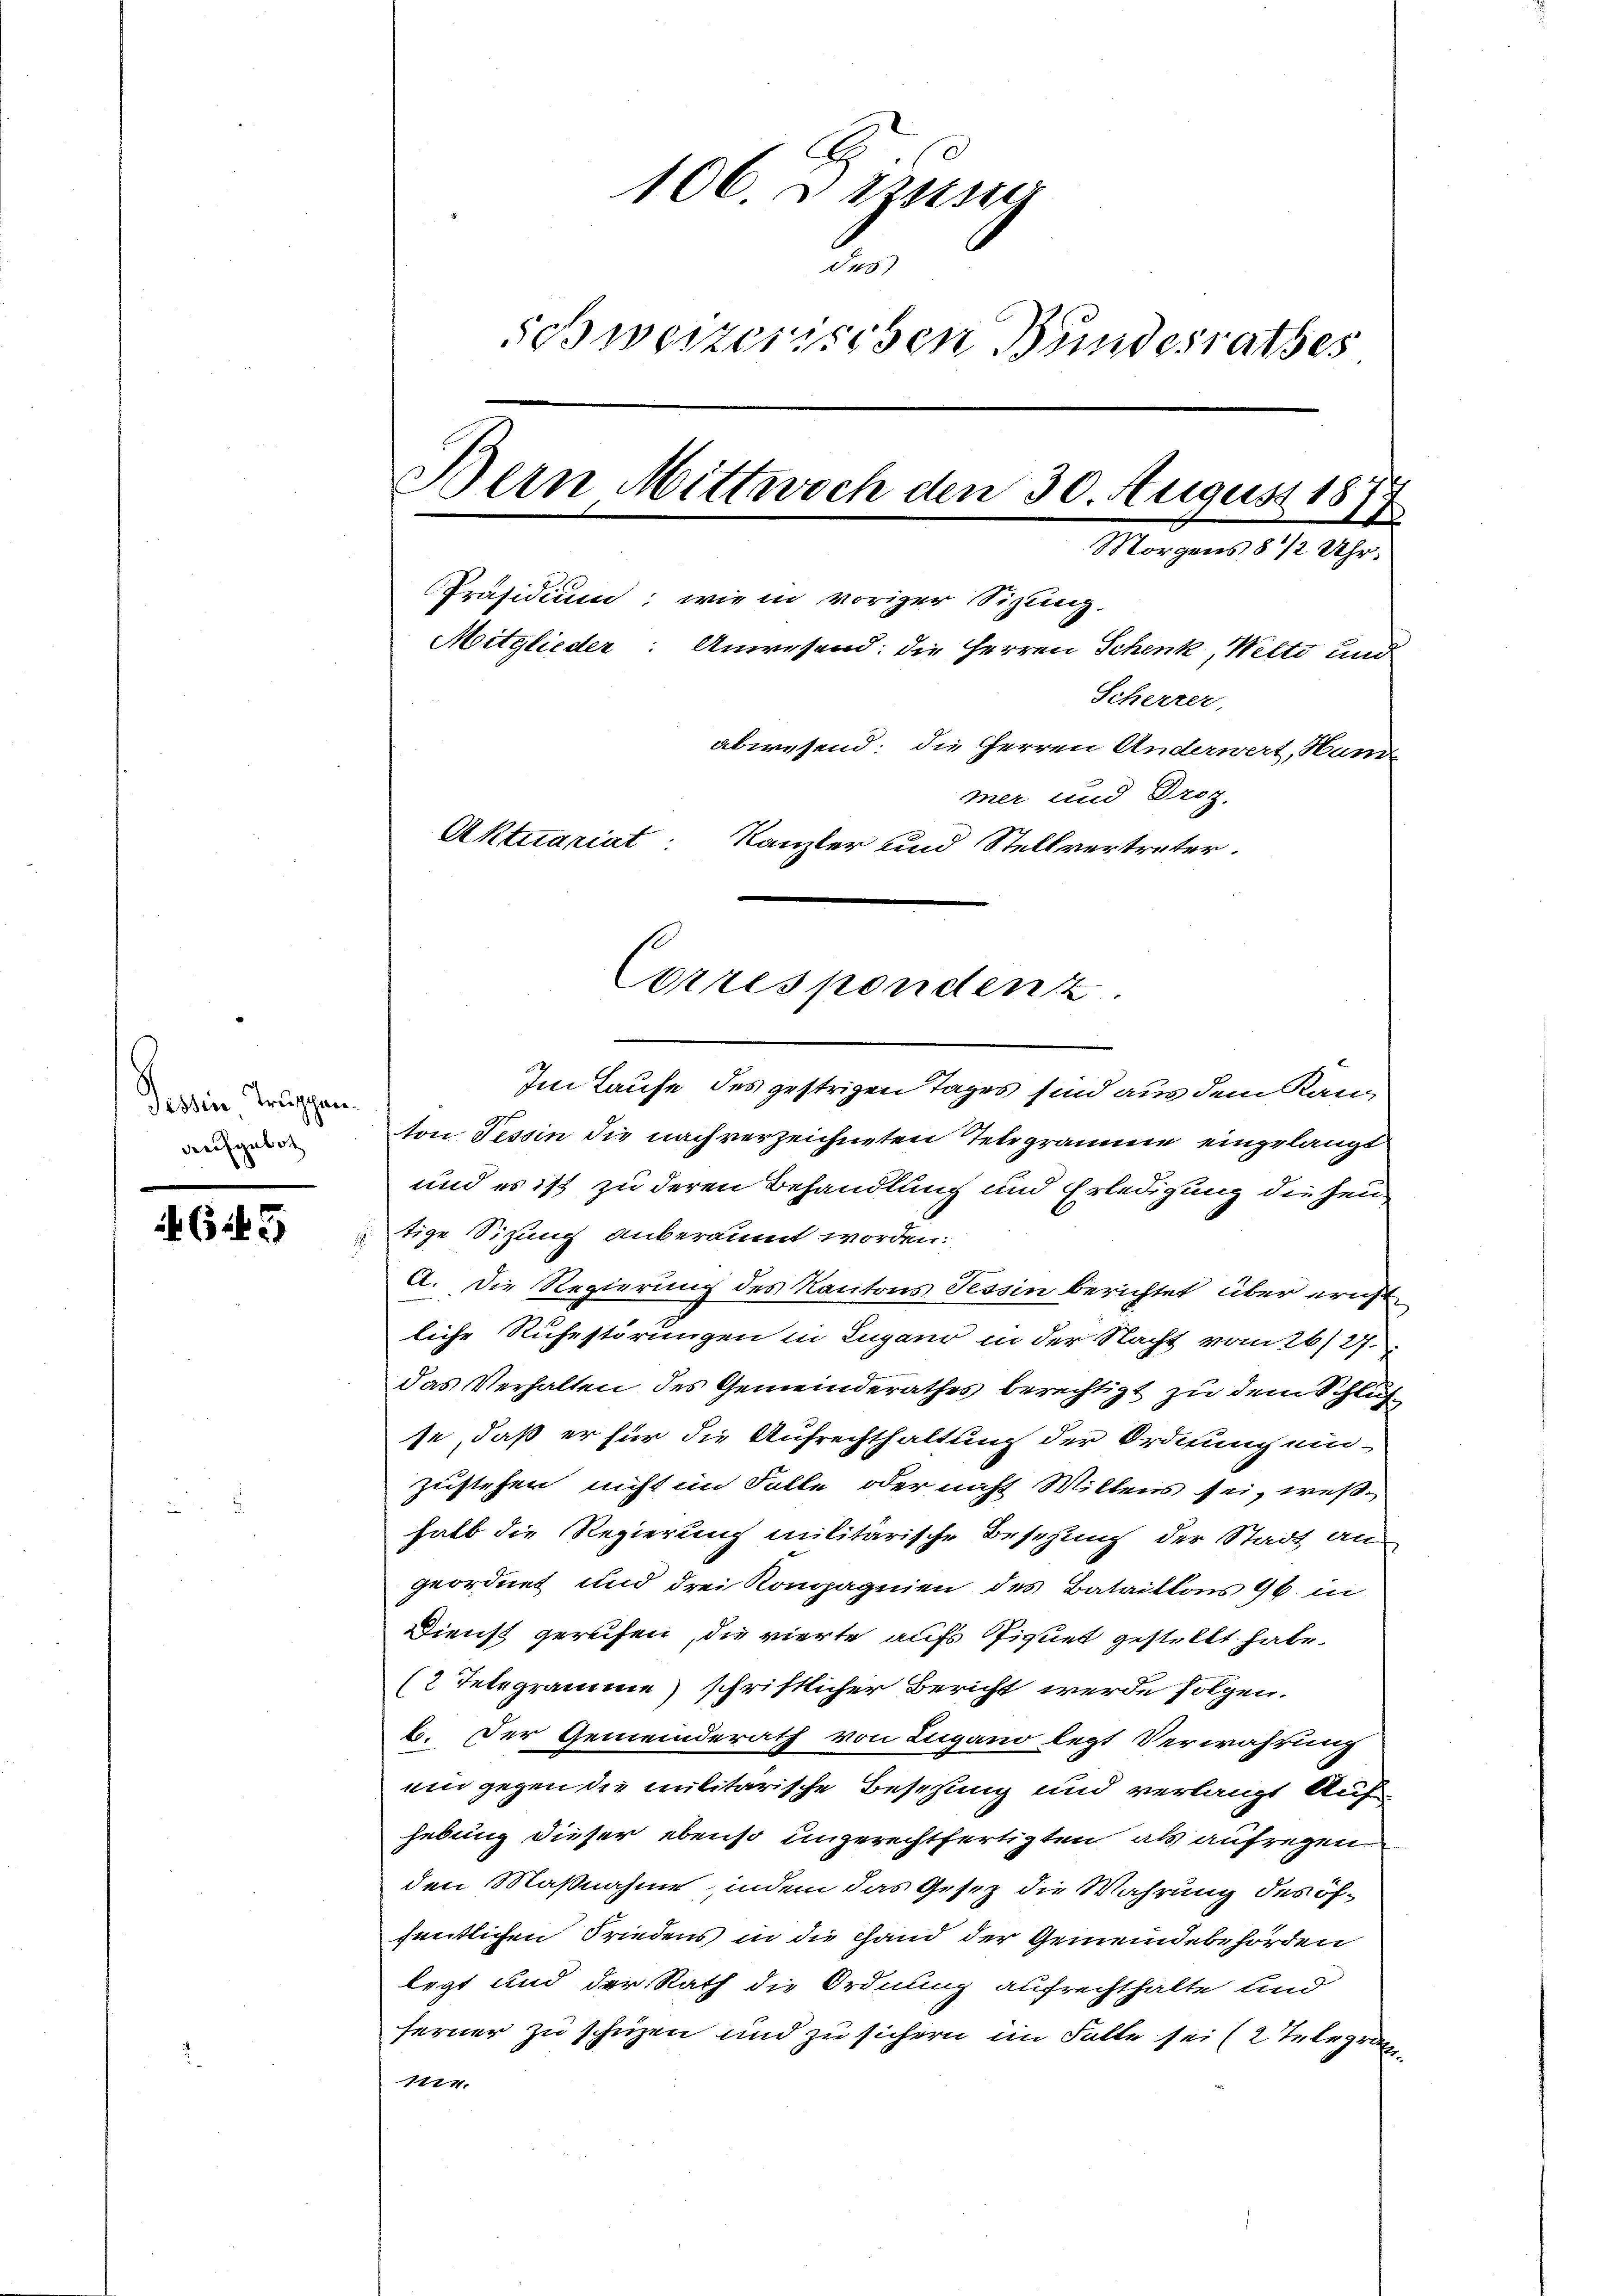
Tessin Truppen.
aufgebot

645

1063 zus
d
schweizerischen Bundesrathes
Bern Mittwoch den 30. August 18
l
Morgens 8 1/2 Uhr.
Präsidium, wie in voriger Sitzung.
Mitglieder: Anwesend: die Herren Schenk, Wette und
Scheerer,
abwesend: die Herren Anderwert, Ham
mer und Droz.
Aktuariat: Kanzler und Stellvertreter.

Im Laufe des gestrigen Tages sind aus dem Kanton Tessin die nach verzeichneten Telegramme eingelangt
und es ist zu deren Behandlung und Erledigung die heu
tige Sitzung anberäumt worden.
A. Die Regierung des Kantons Tessin berichtet über ericht
liche Ruhestörungen in Lugano in der Nacht vom 26/27.
das Verhalten des Gemeinderathes berechtigt zu dem Schlusse, daß er für die Aufrechthaltung der Ordnung ein-
zustehen nicht im Falle oder nicht Willens sei, weßhalb die Regierung militärische Besetzung der Stadt an
geordnet und drei Kompagnien des Bataillons 96 in
Dienst gereifen, die vierte aufs Eignet gestellt habe.
(2 Telegramme) schriftlicher Bericht werde folgen.
b. Der Gemeinderath von Lugano legt Verwahrung
ei gegen die militarische Beschung und verlangt Auf
hebung dieser ebenso ungerechtfertigten als aufregen
den Maßnahme, indem das Gesez die Wahrung des öffentlichen Friedens in die Hand der Gemeindebehörden
legt und der Rath die Ordnung aufrechthalte und
ferner zu schuzen und zu sichern im Falle sei (2 Telegra
1774.

Correspondenz